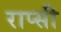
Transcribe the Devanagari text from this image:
राप्सी